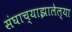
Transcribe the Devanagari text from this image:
संघाच्याझालेल्या